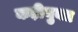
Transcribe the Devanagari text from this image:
कड़ीयुक्त